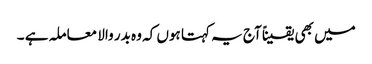
میں بھی یقیناً آج یہ کہتا ہوں کہ وہ بدر والا معاملہ ہے ۔